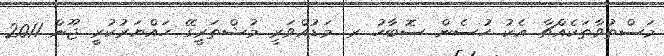
މަސްތުވާތަކެއްޗާ އެކު ހުސެން ސޮބާހު ރ. މަޑުއްވަރީ މުޝްތަރީގޭ ހައްޔަރުކުރީ ޖޫން 2011